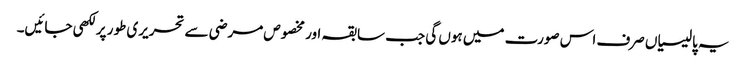
یہ پالیسیاں صرف اس صورت میں ہوں گی جب سابقہ اور مخصوص مرضی سے تحریری طور پر لکھی جائیں۔